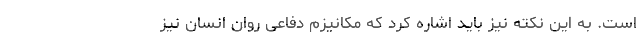
است. به این نکته نیز باید اشاره کرد که مکانیزم دفاعی روان انسان نیز